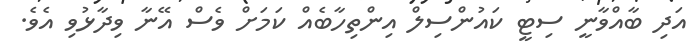
އަދި ބާއްވާނީ ސިޓީ ކައުންސިލް އިންތިހާބެއް ކަމަށް ވެސް އޭނާ ވިދާޅުވި އެވެ.